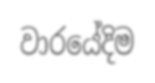
වාරයේදිම